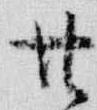
廿